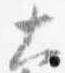
大